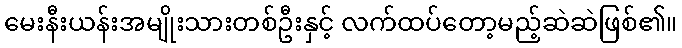
မေးနီးယန်းအမျိုးသားတစ်ဦးနှင့် လက်ထပ်တော့မည့်ဆဲဆဲဖြစ်၏။